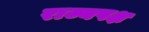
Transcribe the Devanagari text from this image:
राज्यपक्ष